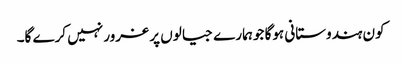
کون ہندوستانی ہوگا جو ہمارے جیالوں پر غرور نہیں کرے گا۔